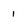
Character: 1